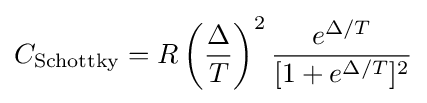
C_{\rm {Schottky}}=R\left({\frac {\Delta }{T}}\right)^{2}{\frac {e^{\Delta /T}}{[1+e^{\Delta /T}]^{2}}}